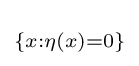
\scriptstyle \{x:\eta (x)=0\}